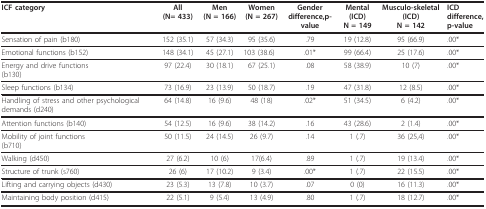
<table><thead><tr><td><b>ICF category </b></td><td><b>All (N=433)</b></td><td><b>Men(N = 166)</b></td><td><b>Women(N = 267)</b></td><td><b>Genderdifference,p-value</b></td><td><b>Mental (ICD)N = 149</b></td><td><b>Musculo-skeletal (ICD)N = 142</b></td><td><b>ICDdifference,p-value</b></td></tr></thead><tbody><tr><td>Sensation of pain (b180)</td><td>152 (35.1)</td><td>57 (34.3)</td><td>95 (35.6)</td><td>.79</td><td>19 (12.8)</td><td>95 (66.9)</td><td>.00*</td></tr><tr><td>Emotional functions (b152)</td><td>148 (34.1)</td><td>45 (27.1)</td><td>103 (38.6)</td><td>.01*</td><td>99 (66.4)</td><td>25 (17.6)</td><td>.00*</td></tr><tr><td>Energy and drive functions(b130)</td><td>97 (22.4)</td><td>30 (18.1)</td><td>67 (25.1)</td><td>.08</td><td>58 (38.9)</td><td>10 (7)</td><td>.00*</td></tr><tr><td>Sleep functions (b134)</td><td>73 (16.9)</td><td>23 (13.9)</td><td>50 (18.7)</td><td>.19</td><td>47 (31.8)</td><td>12 (8.5)</td><td>.00*</td></tr><tr><td>Handling of stress and other psychological demands (d240)</td><td>64 (14.8)</td><td>16 (9.6)</td><td>48 (18)</td><td>.02*</td><td>51 (34.5)</td><td>6 (4.2)</td><td>.00*</td></tr><tr><td>Attention functions (b140)</td><td>54 (12.5)</td><td>16 (9.6)</td><td>38 (14.2)</td><td>.16</td><td>43 (28.6)</td><td>2 (1.4)</td><td>.00*</td></tr><tr><td>Mobility of joint functions(b710)</td><td>50 (11.5)</td><td>24 (14.5)</td><td>26 (9.7)</td><td>.14</td><td>1 (.7)</td><td>36 (25,4)</td><td>.00*</td></tr><tr><td>Walking (d450)</td><td>27 (6.2)</td><td>10 (6)</td><td>17(6.4)</td><td>.89</td><td>1 (.7)</td><td>19 (13.4)</td><td>.00*</td></tr><tr><td>Structure of trunk (s760)</td><td>26 (6)</td><td>17 (10.2)</td><td>9 (3.4)</td><td>.00*</td><td>1 (.7)</td><td>22 (15.5)</td><td>.00*</td></tr><tr><td>Lifting and carrying objects (d430)</td><td>23 (5.3)</td><td>13 (7.8)</td><td>10 (3.7)</td><td>.07</td><td>0 (0)</td><td>16 (11.3)</td><td>.00*</td></tr><tr><td>Maintaining body position (d415)</td><td>22 (5.1)</td><td>9 (5.4)</td><td>13 (4.9)</td><td>.80</td><td>1 (.7)</td><td>18 (12.7)</td><td>.00*</td></tr></tbody></table>